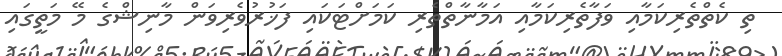
ތި ކެތްތެރިކަމާއި ވަފާތެރިކަމާއި އަމާނާތްތެރި ކަމަށްޓަކައި ފަޚުރުވެރިވަން މާނިޝްގެ މޭ މަތީގައި